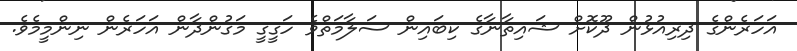
އަހަރެންގެ ދިރިއުޅުން ދޫކޮށް ޝައިތާނާގެ ކިބައިން ސަލާމަތްވެ ހަގީގީ މަގުންދާން އަހަރެން ނިންމީމެވެ.